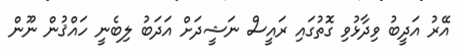
އޭރު އަދީބު ވިދާޅުވި ގޮތުގައި ރައީސް ނަޝީދަށް އަދަބު ލިބެނީ ހައްޤުން ނޫން